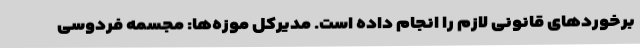
برخوردهای قانونی لازم را انجام داده است. مدیرکل موزه‌ها: مجسمه فردوسی